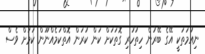
ނިއުމަތަކީ އޭގެ ބޭރުން ހިތުހުރި ގޮތަކަށް ކަން ކުރަން އޮތްކަމެއްނޫން ކަމަށް ވެސް